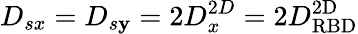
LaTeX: D_{sx}=D_{s\mathbf{y}}=2D_{x}^{2D}=2D_{\mathrm{{RBD}}}^{\mathrm{{2D}}}